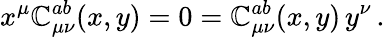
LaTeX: x^{\mu}\mathbb{C}_{\mu\nu}^{ab}(x,y)=0=\mathbb{C}_{\mu\nu}^{ab}(x,y)\, y^{\nu}\, .